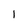
Character: 1